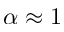
\alpha \approx 1